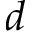
d